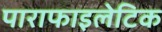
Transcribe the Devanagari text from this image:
पाराफाइलेटिक